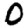
Digit: 0